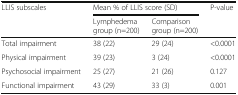
| <ROWSPAN=2> LLIS subscales | <COLSPAN=2> Mean % of LLIS score (SD) | <ROWSPAN=2> P-value |
 | Lymphedema group (n=200) | Comparison group (n=200) |
 | --- | --- | --- | --- |
 | Total impairment | 38 (22) | 29 (24) | <0.0001 |
 | Physical impairment | 39 (23) | 3 (24) | <0.0001 |
 | Psychosocial impairment | 25 (27) | 21 (26) | 0.127 |
 | Functional impairment | 43 (29) | 33 (3) | 0.001 |